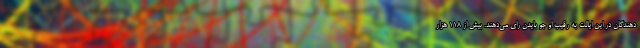
دهندگان در این ایالت به رقیب او جو بایدن رای می‌دهند. بیش از 118 هزار